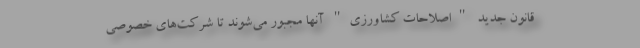
قانون جدید "اصلاحات کشاورزی" آنها مجبور می‌شوند تا شرکت‌های خصوصی